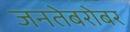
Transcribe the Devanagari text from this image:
जनतेबरोबर